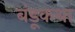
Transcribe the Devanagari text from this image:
बंडूकथा